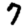
Digit: 7